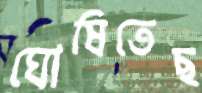
ঘোষিতেছ